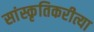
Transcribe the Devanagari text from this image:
सांस्कृतिकरीत्या